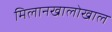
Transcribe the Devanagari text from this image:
मिलानखालोखाल